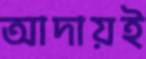
আদায়ই